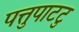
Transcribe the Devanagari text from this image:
पत्तुपाटटु